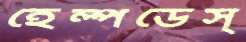
হেল্পডেস্